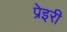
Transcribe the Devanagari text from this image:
प्रेइरी